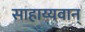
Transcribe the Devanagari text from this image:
साहाय्यवान्